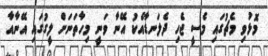
މޮޅުވި މެޗުގައި މެސީ ޖެހި ދެލަނޑާއެކު އޭނާ ވަނީ މިހާތަނަށް ލީގުގައި އޭނާއާ